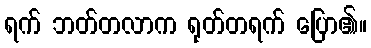
ရက် ဘတ်တလာက ရုတ်တရက် ပြော၏။